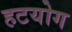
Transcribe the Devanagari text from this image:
हटयोग